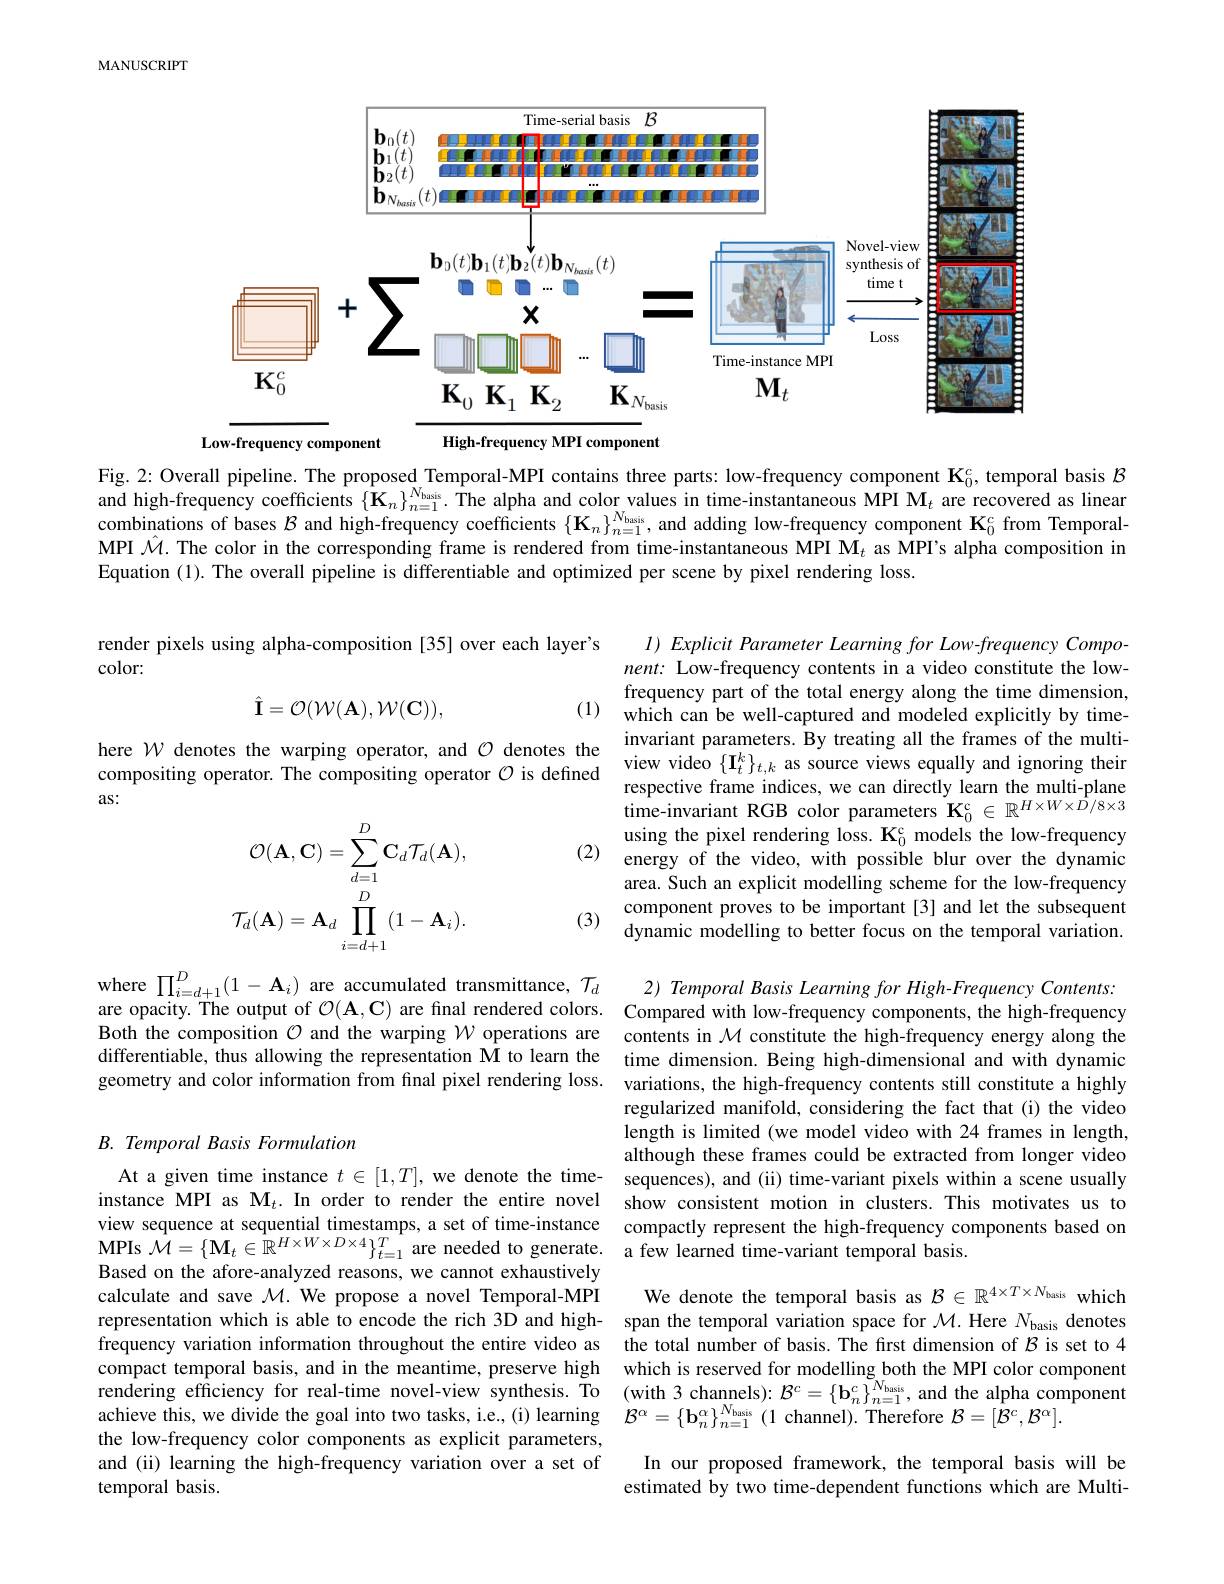
MANUSCRIPT

<FigureHere>
High-frequency MPI component
Low-frequency component

Fig. 2: Overall pipeline. The proposed Temporal-MPI contains three parts: low-frequency component $\mathbf{K}_0^c$, temporal basis $\mathcal{B}$ and high-frequency coefficients $\{\hat{\mathbf{K}}_n\}_{n=1}^{N_\text{kais}{\mathrm{.}}}\hat{\text{The alpha and color values in time-instantaneous MPI M}}_t$ are recovered as linear combinations of bases $\mathcal{B}$ and high-frequency coefficients $\{\mathbf{K}_n\}_{n=1}^{N_\text{kasis}}$, and adding low-frequency component $\mathbf{K}_0^c$ from TemporalMPI $\hat{\mathcal{M}}.$ The color in the corresponding frame is rendered from time-instantaneous MPI $\hat{\mathcal{M}}_t$ as MPI's alpha composition in Equation (1). The overall pipeline is differentiable and optimized per scene by pixel rendering loss.

render pixels using alpha-composition [35] over each layer's
color:

(1)
$$\hat{\mathbf I}=\mathcal{O}(\mathcal{W}(\mathbf A),\mathcal{W}(\mathbf C)),$$
here $\mathcal{W}$ denotes the warping operator, and $\mathcal{O}$ denotes the compositing operator. The compositing operator $\mathcal{O}$ is defined as:

$I)Explicit$ Parameter Learning for Low-frequency Component: Low-frequency contents in a video constitute the lowfrequency part of the total energy along the time dimension, which can be well-captured and modeled explicitly by timeinvariant parameters. By treating all the frames of the multiview video $\{\mathbf{I}_t^k\}_{t,k}$ as source views equally and ignoring their respective frame indices, we can directly learn the multi-plane time-invariant RGB color parameters $\mathbf{K}_0^{\mathrm{c}}\in\mathbb{R}^{H\times W\times D/8\times3}$
(2) energy of the video, with possible blur over the dynamic
area. Such an explicit modelling scheme for the low-frequency component proves to be important[3] and let the subsequent dynamic modelling to better focus on the temporal variation.
$$\mathcal{O}(\mathbf{A},\mathbf{C})=\sum_{d=1}^{D}\mathbf{C}_{d}\mathcal{T}_{d}(\mathbf{A}),\\\mathcal{T}_{d}(\mathbf{A})=\mathbf{A}_{d}\prod_{i=d+1}^{D}(1-\mathbf{A}_{i}).$$
(3)

where $\prod_{i=d+1}^D(1-\mathbf{A}_i)$ are accumulated transmittance, $\mathcal{T} _d$ 2) Temporal Basis Learning for High-Frequency Contents: are opacity. The output of $\mathcal{O}(\mathbf{A},\mathbf{C})$ are final rendered colors. Compared with low-frequency components, the high-frequency Both the composition $\mathcal{O}$ and the warping $\mathcal{W}$ operations are contents in $\mathcal{M}$ constitute the high-frequency energy along the differentiable, thus allowing the representation M to learn the time dimension. Being high-dimensional and with dynamic geometry and color information from fınal pixel rendering loss. variations, the high-frequency contents still constitute a highly

regularized manifold, considering the fact that (i) the video length is limited (we model video with 24 frames in length, although these frames could be extracted from longer video
At a given time instance $t\in[1,T]$, we denote the time- sequences), and (ii) time-variant pixels within a scene usually instance MPI as $\mathrm{M}_t.$ In order to render the entire novel show consistent motion in clusters.This motivates us to
compactly represent the high-frequency components based on
$\mathbf{MPIs~}\mathcal{M}=\{\mathbf{M}_{t}\in\mathbb{R}^{H\times W\times D\times4}\}_{t=1}^{T}$are needed to generate. a few learned time-variant temporal basis.

## B. Temporal Basis Formulation

view sequence at sequential timestamps, a set of time-instance Based on the afore-analyzed reasons, we cannot exhaustively calculate and save $\mathcal{M}.$ We propose a novel Temporal-MPI representation which is able to encode the rich 3D and high- span the temporal variation space for $\mathcal{M}.$ Here $N_\mathrm{basis}$ denotes frequency variation information throudout the entire videa as the total number of basis The fret dimesion of $\mathcal{R}_{\mathrm{is~es}}$
frequency variation information throughout the entire video as
compact temporal basis, and in the meantime, preserve high which is reserved for modelling both the MPI color component rendering efficiency for real-time novel-view synthesis. To (with 3 channels): $\mathcal{B}^c=\{\mathbf{b}_n^c\}_{n=1}^{N_{\mathrm{basis}}}$, and the alpha componen achieve this, we divide the goal into two tasks, i.e, (i) learning $\mathcal{B}^\alpha=\{\mathbf{b}_n^\alpha\}_{n=1}^{N_{\mathrm{asis}}}(1$ chann the low-frequency color components as explicit parameters, and (ii) learning the high-frequency variation over a set of temporal basis.

We denote the temporal basis as $\mathcal{B} \in \mathbb{R} ^{4\times T\times N_{\mathrm{basis}}}$ which the total number of basis. The frst dimension of $\mathcal{B}$ is set to 4

In our proposed framework, the temporal basis will be estimated by two time-dependent functions which are Multi-